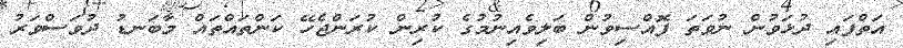
އަތްފައި ދުޅަވުން ނުވަތަ ފޮއްސިވުން ބަލިވެއިނުމުގެ ކުރިން ކުރަންޖެހޭ ކަންތައްތައް މާބަނޑު ދުވަސްވަރު